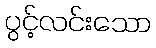
ပွင့်လင်းသော